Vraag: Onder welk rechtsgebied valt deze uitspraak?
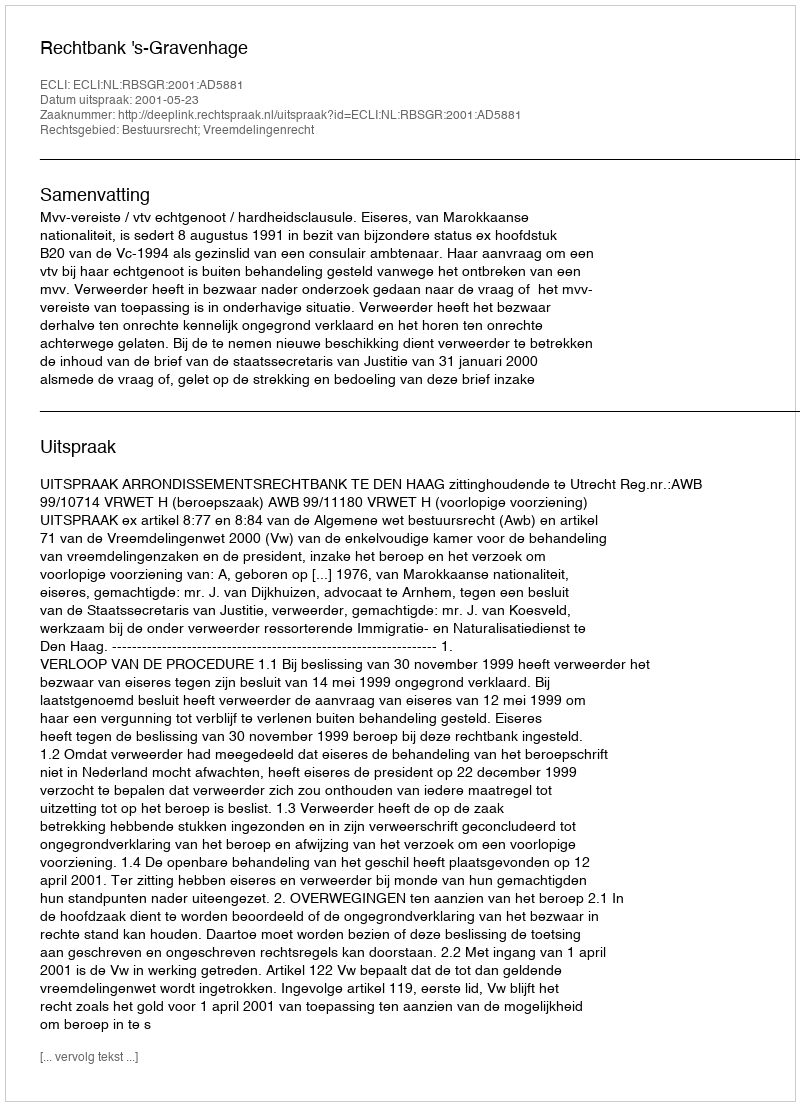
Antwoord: Bestuursrecht; Vreemdelingenrecht